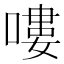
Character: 嘍